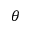
\theta